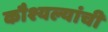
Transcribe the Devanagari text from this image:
कौश्यल्यांची